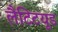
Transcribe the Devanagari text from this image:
लैटिटयूड